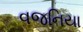
વજનિયા